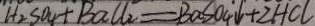
H _ { 2 } S O _ { 4 } + B a C l _ { 2 } = B a S O _ { 4 } \downarrow + 2 H C l